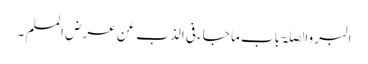
البر والصلۃ باب ما جاء فی الذب عن عرض المسلم ۔